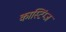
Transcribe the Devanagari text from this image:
कास्टिंग्ज